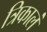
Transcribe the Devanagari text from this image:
त्रिकालं